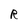
Character: R